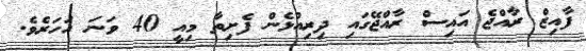
ފާއިޒް ރާއްޖެ އައިސް ރާއްޖޭގައި ދިރިއުޅެން ފެށިތާ މިއީ 40 ވަނަ އަހަރެވެ.